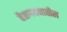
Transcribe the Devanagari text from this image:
वैतागवनातील